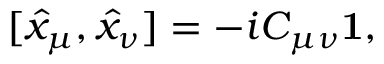
[ \hat { x } _ { \mu } , \hat { x } _ { \nu } ] = - i C _ { \mu \nu } { \bf 1 } ,